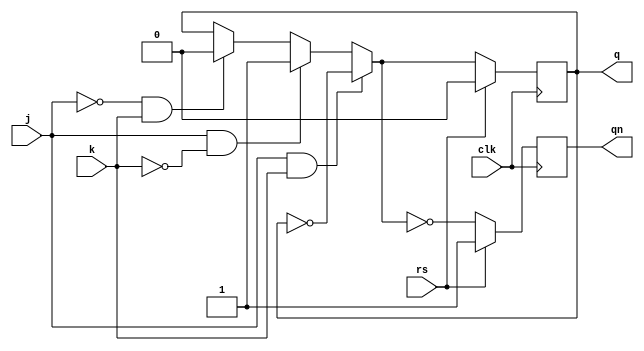
//structural modelling

module jkff(input j, input k, input clk, input rs, output reg q, output reg qn);
    always@(posedge clk) begin
        if (rs) begin
            q=0;
            qn=1;
        end
        else begin
            q=(j&k)?~q:(j&~k)?1:(~j&k)?0:q;
            qn=~q;
        end
    end
endmodule

module johnson(input clk, input rs);
    wire q1, q2, q3, q4;
    wire qn1, qn2, qn3, qn4;
    jkff jkff1(qn4, q4, clk, rs, q1, qn1);
    jkff jkff2(q1, qn1, clk, rs, q2, qn2);
    jkff jkff3(q2, qn2, clk, rs, q3, qn3);
    jkff jkff4(q3, qn3, clk, rs, q4, qn4);
endmodule